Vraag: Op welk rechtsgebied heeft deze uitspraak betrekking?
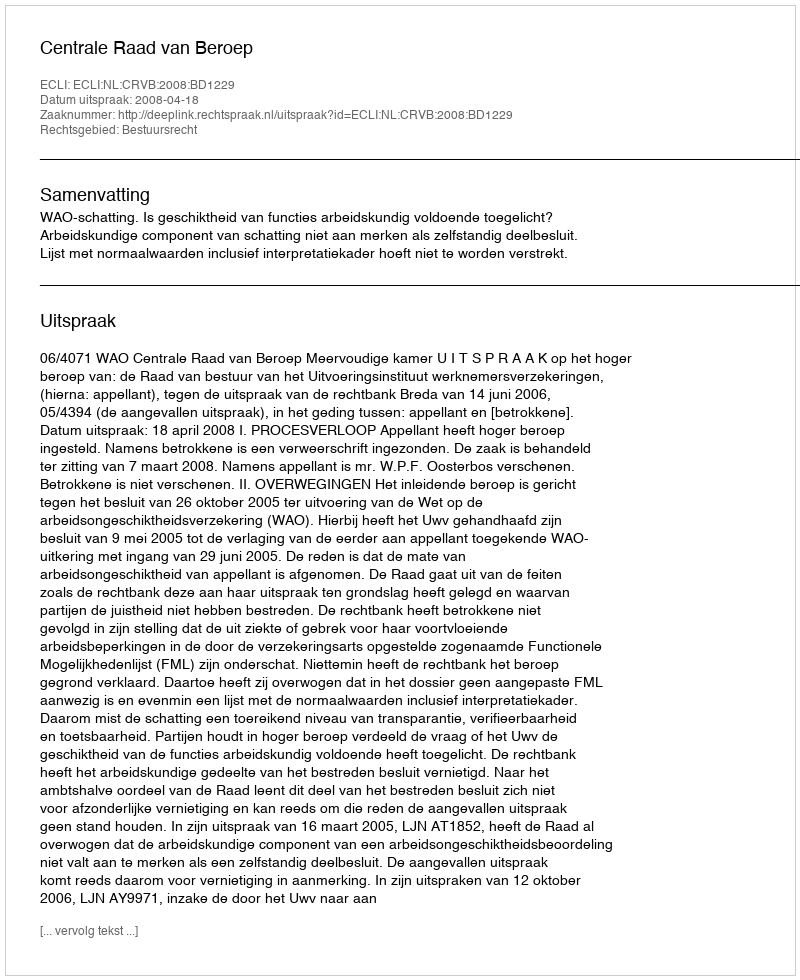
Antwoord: Bestuursrecht